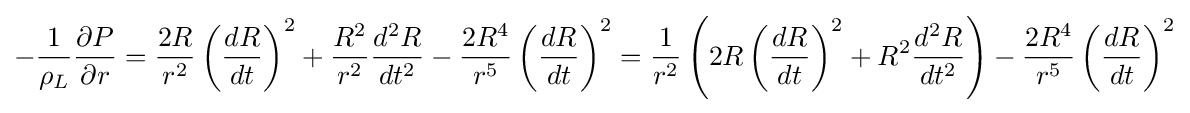
-{\frac {1}{\rho _{L}}}{\frac {\partial P}{\partial r}}={\frac {2R}{r^{2}}}\left({\frac {dR}{dt}}\right)^{2}+{\frac {R^{2}}{r^{2}}}{\frac {d^{2}R}{dt^{2}}}-{\frac {2R^{4}}{r^{5}}}\left({\frac {dR}{dt}}\right)^{2}={\frac {1}{r^{2}}}\left(2R\left({\frac {dR}{dt}}\right)^{2}+R^{2}{\frac {d^{2}R}{dt^{2}}}\right)-{\frac {2R^{4}}{r^{5}}}\left({\frac {dR}{dt}}\right)^{2}